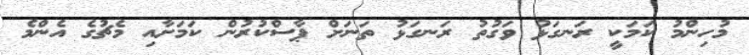
މުހިންމު ކަމަކީ ރަނގަޅު ވަގުތު ރަނގަޅު ތަނަށް ޕާސްކުރުން ކަމަށާއި މެޗުގެ އެންމެ